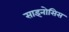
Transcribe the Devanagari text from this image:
साइनोसिस